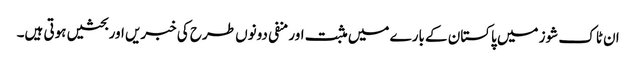
ان ٹاک شوز میں پاکستان کے بارے میں مثبت اور منفی دونوں طرح کی خبریں اور بحثیں ہوتی ہیں۔